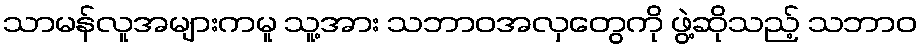
သာမန်လူအများကမူ သူ့အား သဘာဝအလှတွေကို ဖွဲ့ဆိုသည့် သဘာဝ